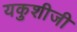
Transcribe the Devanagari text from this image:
यकुशीजी